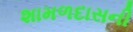
શામળદાસની